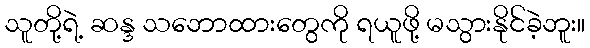
သူတို့ရဲ့ ဆန္ဒ သဘောထားတွေကို ရယူဖို့ မသွားနိုင်ခဲ့ဘူး။